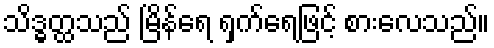
သိဒ္ဓတ္ထသည် မြိန်ရေ ရှက်ရေဖြင့် စားလေသည်။